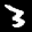
Label: 3